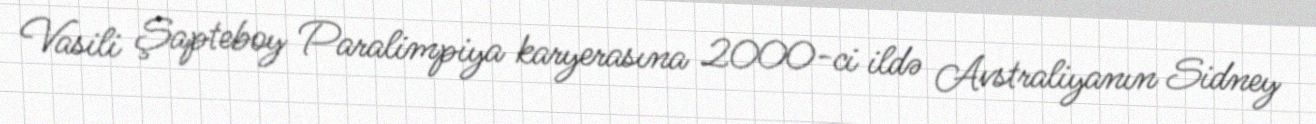
Vasili Şapteboy Paralimpiya karyerasına 2000-ci ildə Avstraliyanın Sidney